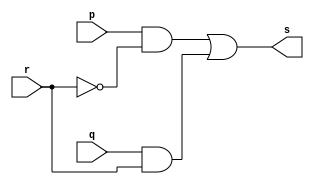
//-----------------------
//TP03 - 45142
//-----------------------

module multiplexador(output s, input p, input q, input r);

wire temp1, temp2, temp3;

not(temp3, r);
and(temp1, p, temp3);
and(temp2, q, r);
or (   s,temp1, temp2);

endmodule

module exemplo0033(output s,	output s1, input p, input q, input chave);

wire temp1, temp2, temp3, temp4;

and(temp1, p, q);
nand(temp2, p, q);
or (temp3, p, q);
nor(temp4, p, q);

multiplexador MULT(s, temp1, temp2, chave);
multiplexador MULT2(s1, temp3, temp4, chave);

endmodule

module testexemplo0033;
reg a, b, c;
wire s, s1;

exemplo0033 Q03(s, s1, a, b, c);

initial begin
a = 'b0;
b = 'b0;
c = 'b0;

#1$monitor("%3b %3b %3b = %3b %3b", a, b, c, s, s1);

#1a= 'b0;b= 'b0;c= 'b1;
#1a= 'b0;b= 'b1;c= 'b0;
#1a= 'b0;b= 'b1;c= 'b1;
#1a= 'b1;b= 'b0;c= 'b0;
#1a= 'b1;b= 'b0;c= 'b1;
#1a= 'b1;b= 'b1;c= 'b0;
#1a= 'b1;b= 'b1;c= 'b1;

end
endmodule